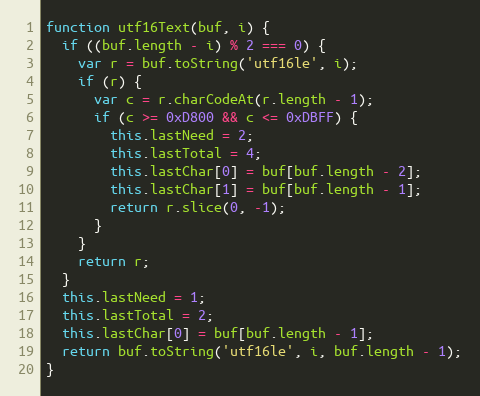
Language: JavaScript
function utf16Text(buf, i) {
  if ((buf.length - i) % 2 === 0) {
    var r = buf.toString('utf16le', i);
    if (r) {
      var c = r.charCodeAt(r.length - 1);
      if (c >= 0xD800 && c <= 0xDBFF) {
        this.lastNeed = 2;
        this.lastTotal = 4;
        this.lastChar[0] = buf[buf.length - 2];
        this.lastChar[1] = buf[buf.length - 1];
        return r.slice(0, -1);
      }
    }
    return r;
  }
  this.lastNeed = 1;
  this.lastTotal = 2;
  this.lastChar[0] = buf[buf.length - 1];
  return buf.toString('utf16le', i, buf.length - 1);
}